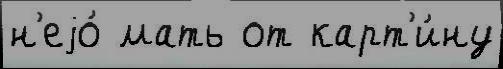
н'еjо́ мать от карт'и́ну